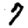
Digit: 7